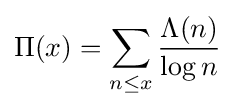
\Pi (x)=\sum _{n\leq x}{\frac {\Lambda (n)}{\log n}}